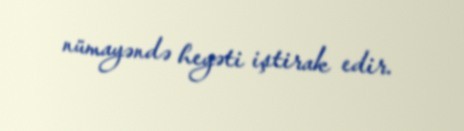
nümayəndə heyəti iştirak edir.